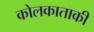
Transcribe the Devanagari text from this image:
कोलकाताकी